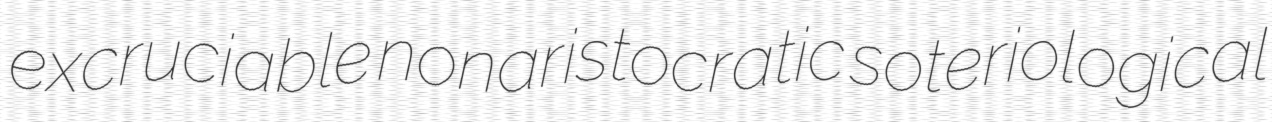
excruciable nonaristocratic soteriological